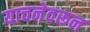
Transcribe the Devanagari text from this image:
याचनेवरून